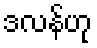
ဒလန်ဟု